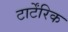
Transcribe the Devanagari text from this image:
टार्टेंरिक